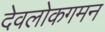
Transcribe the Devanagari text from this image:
देवलोकगमन